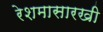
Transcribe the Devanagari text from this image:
रेशमासारखी